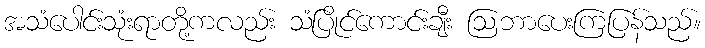
အသံပေါင်းသုံးရာတို့ကလည်း သံပြိုင်ကောင်းချီး ဩဘာပေးကြပြန်သည်။